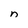
Character: n